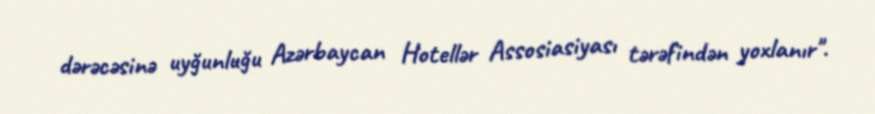
dərəcəsinə uyğunluğu Azərbaycan Hotellər Assosiasiyası tərəfindən yoxlanır".